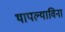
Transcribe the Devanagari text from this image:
थापल्याविना